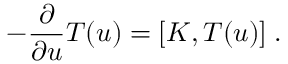
- \frac { \partial } { \partial u } T ( u ) = [ K , T ( u ) ] \; .